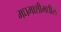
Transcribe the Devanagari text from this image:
मधमाशीमधील